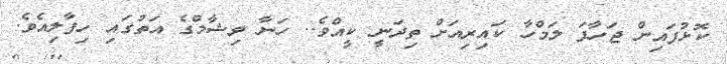
ކޮޅުފައިން ޖަހާފަ ލަމްހާ ކައިރިއަށް ތިދަނީ ކީއްވެ.. ހަނާ ވިޝާމްގެ އަތުގައި ހިފާލިއެވެ.